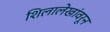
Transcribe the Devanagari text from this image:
शिलालेखांवरून